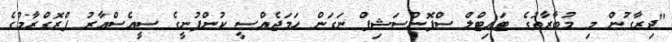
"ދިރާގުން މި މުބާރާތުގެ ޓައިޓްލް ސްޕޮންސަޝިޕް ނަގަން ހަމަޖެއްސީ ކުންފުނީގެ ސީއެސްއާރު ޕްރޮގްރާމުގެ